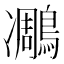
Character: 𪄄